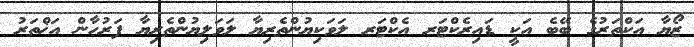
ޒޯޔާ އަކްތަރުގެ ބޭބެ އަކީ ޑައިރެކްޓަރ އެކްޓަރ ލަވަކިޔުންތެރިޔާ ލަވަލިޔުންތެރިޔާ ފަރުހާން އަޚްތަރު